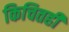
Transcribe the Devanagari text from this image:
किचितही